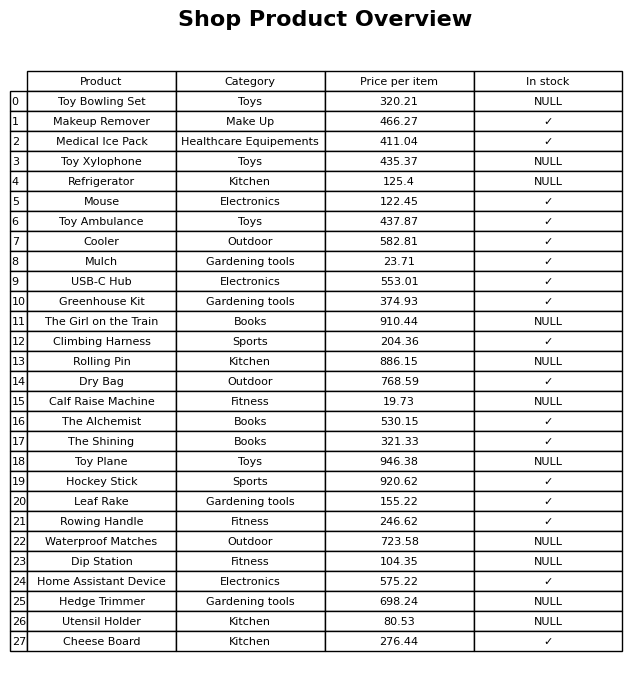
question: What is the price of the Rolling Pin?
answer: The price of Rolling Pin is 886.15.